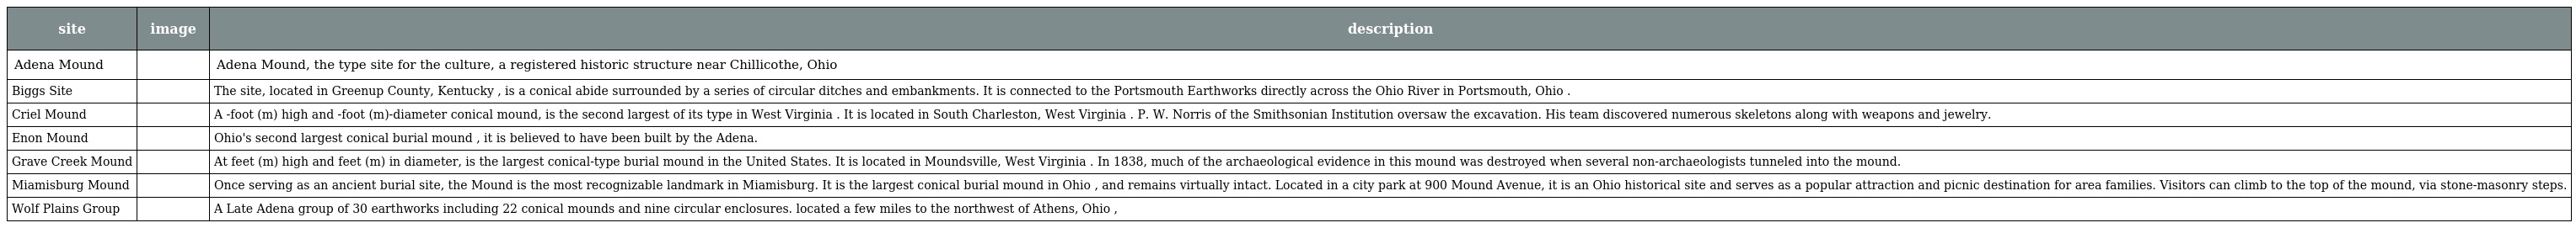
| site | image | description |
 | --- | --- | --- |
 | Adena Mound |  | Adena Mound, the type site for the culture, a registered historic structure near Chillicothe, Ohio |
 | Biggs Site |  | The site, located in Greenup County, Kentucky , is a conical abide surrounded by a series of circular ditches and embankments. It is connected to the Portsmouth Earthworks directly across the Ohio River in Portsmouth, Ohio . |
 | Criel Mound |  | A -foot (m) high and -foot (m)-diameter conical mound, is the second largest of its type in West Virginia . It is located in South Charleston, West Virginia . P. W. Norris of the Smithsonian Institution oversaw the excavation. His team discovered numerous skeletons along with weapons and jewelry. |
 | Enon Mound |  | Ohio's second largest conical burial mound , it is believed to have been built by the Adena. |
 | Grave Creek Mound |  | At feet (m) high and feet (m) in diameter, is the largest conical-type burial mound in the United States. It is located in Moundsville, West Virginia . In 1838, much of the archaeological evidence in this mound was destroyed when several non-archaeologists tunneled into the mound. |
 | Miamisburg Mound |  | Once serving as an ancient burial site, the Mound is the most recognizable landmark in Miamisburg. It is the largest conical burial mound in Ohio , and remains virtually intact. Located in a city park at 900 Mound Avenue, it is an Ohio historical site and serves as a popular attraction and picnic destination for area families. Visitors can climb to the top of the mound, via stone-masonry steps. |
 | Wolf Plains Group |  | A Late Adena group of 30 earthworks including 22 conical mounds and nine circular enclosures. located a few miles to the northwest of Athens, Ohio , |